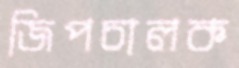
জিপচালক